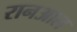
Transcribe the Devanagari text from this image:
रानआल